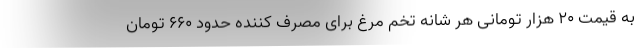
به قیمت 20 هزار تومانی هر شانه تخم مرغ برای مصرف کننده حدود 660 تومان